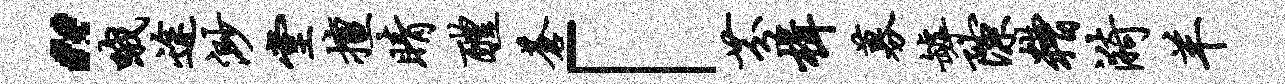
“哦途渺堂擅睛醴苍「芬楫募罅隙糟漪羊